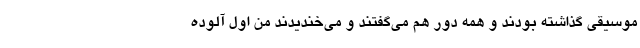
موسیقی گذاشته بودند و همه دور هم می‌گفتند و می‌خندیدند من اول آلوده